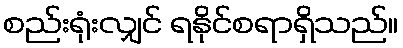
စည်းရုံးလျှင် ရနိုင်စရာရှိသည်။